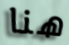
هنا